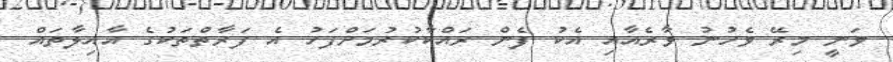
ވަނީ މިރޭ ވެހުނު ވާރެއާއި އެކު ފެން ރައްކާކުރުމަށްފަހު އެ ފަރާތްތަކުގެ އާއިލާތައް